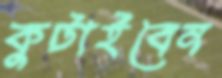
কুটাইবেন